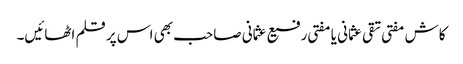
کاش مفتی تقی عثمانی یا مفتی رفیع عثمانی صاحب بھی اس پر قلم اٹھائیں۔